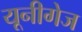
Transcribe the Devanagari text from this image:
यूनीगेज